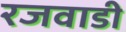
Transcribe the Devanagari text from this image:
रजवाडी